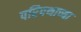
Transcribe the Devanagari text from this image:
परिपथाच्या